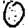
Digit: 0